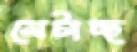
মেটাচ্ছ